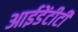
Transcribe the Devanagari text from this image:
आईडेंटीटी